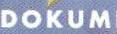
DOKUM